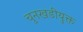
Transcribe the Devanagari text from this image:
चुनखडीयुक्त